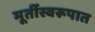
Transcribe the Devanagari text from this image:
मूर्तीस्वरूपात